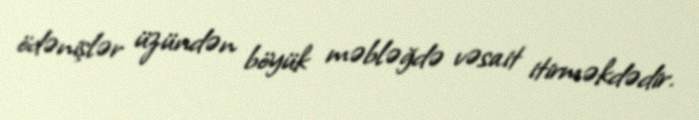
ödənişlər üzündən böyük məbləğdə vəsait itirməkdədir.